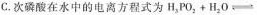
C.次硝酸在水中的电离方程式为H_{3}PO_{2}+H_{2}O\rightleftharpoons